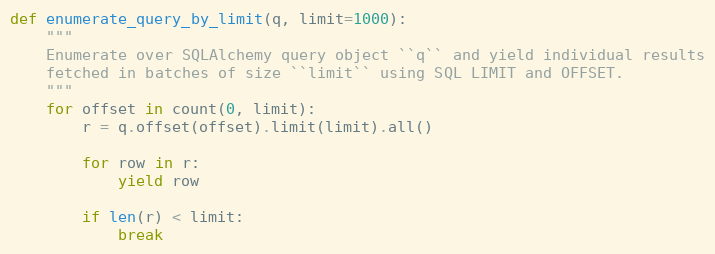
Language: Python
def enumerate_query_by_limit(q, limit=1000):
    """
    Enumerate over SQLAlchemy query object ``q`` and yield individual results
    fetched in batches of size ``limit`` using SQL LIMIT and OFFSET.
    """
    for offset in count(0, limit):
        r = q.offset(offset).limit(limit).all()

        for row in r:
            yield row

        if len(r) < limit:
            break